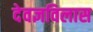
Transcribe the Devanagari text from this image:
देवज्ञविलास